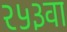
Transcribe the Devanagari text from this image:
२५३वा